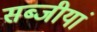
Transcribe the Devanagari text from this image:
सब्जीयां